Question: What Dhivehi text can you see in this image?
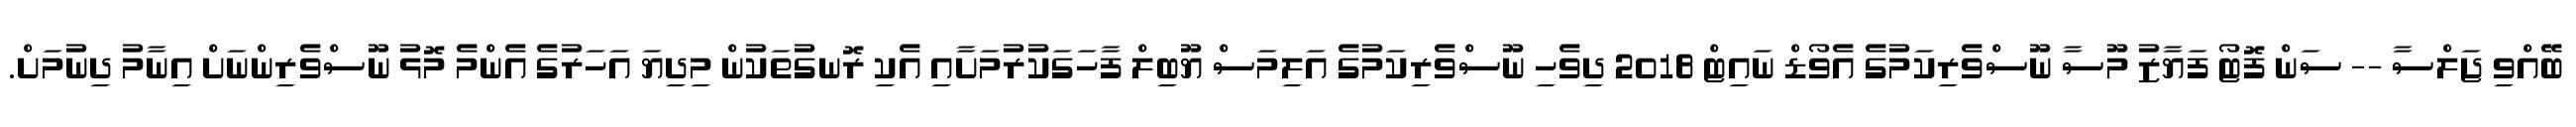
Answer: ބޭއްވި ޖަލްސާ -- ސަން ފޮޓޯ ފަޔާޒު މޫސާ ނޫސްވެރިކަމުގެ އެވޯޑް ނައިޓް 2018 ދިވެހި ނޫސްވެރިކަމުގެ އަލިމަސް ޔޫބިލް ފާހަގަކުރުމަށާއި އެކި ރޮނގުތަކުން މިދިޔަ އަހަރުގެ އެންމެ މޮޅު ނޫސްވެރިންނަށް އިނާމު ދިނުމަށް.